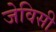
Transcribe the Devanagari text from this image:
जेविसी